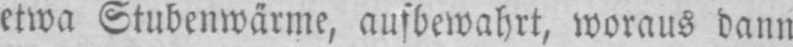
etwa Stubenwärme, aufbewahrt, woraus dann